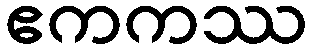
ဧကကဿ